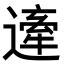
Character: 𨖱